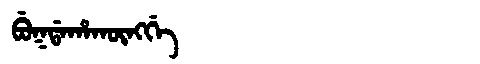
Manchu: ᠪᡠᡴᡩᠠᡥᠠᡴᡡᠩᡤᡝ
Romanization: BUKDAHAKŪNGGE